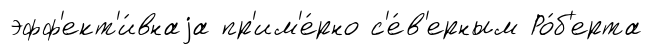
эфф'ект'и́внаjа пр'им'е́рно с'е́в'ерным Ро́б'ерта